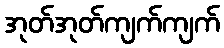
အုတ်အုတ်ကျက်ကျက်